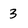
Character: 3